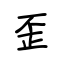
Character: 歪